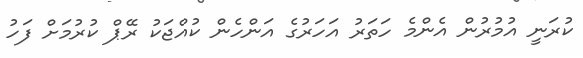
ކުރަނީ އުމުރުން އެންމެ ހަތަރު އަހަރުގެ އަންހެން ކުއްޖަކު ރޭޕް ކުރުމަށް ފަހު